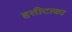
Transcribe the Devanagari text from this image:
हत्तीटाका